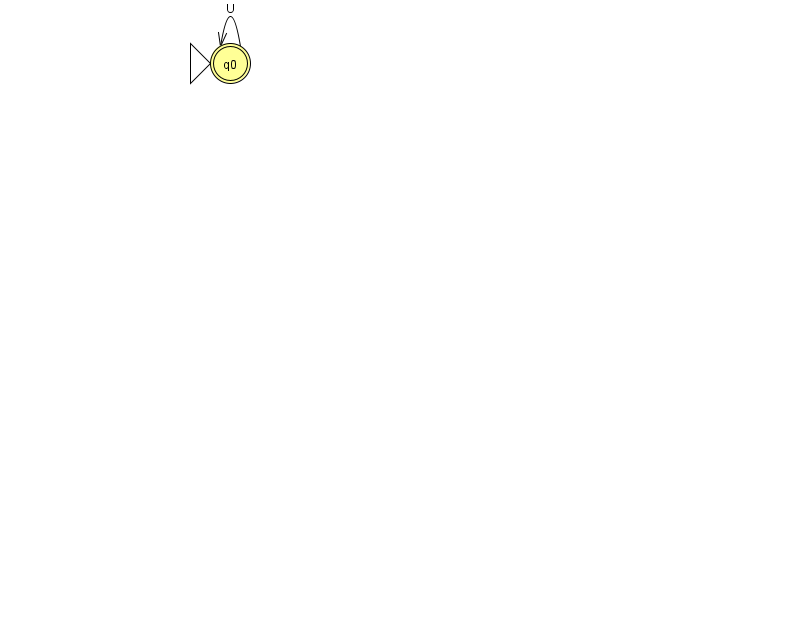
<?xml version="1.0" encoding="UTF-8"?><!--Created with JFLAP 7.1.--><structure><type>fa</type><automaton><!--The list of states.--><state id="0" name="q0"><x>230.0</x><y>50.0</y><initial/><final/></state><!--The list of transitions.--><transition><from>0</from><to>0</to><read>U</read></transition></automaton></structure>